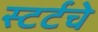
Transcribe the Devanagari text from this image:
स्टर्टचे